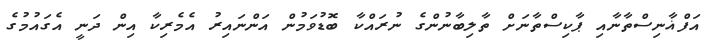
އަފްޣާނިސްތާނާއި ޕާކިސްތާނަށް ތާލިބާނުންގެ ނުރައްކާ ބޮޑުވަމުން އަންނައިރު އެމެރިކާ އިން ދަނީ އެގައުމުގެ